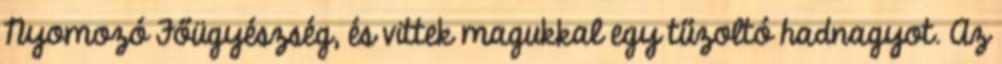
Nyomozó Főügyészség, és vittek magukkal egy tűzoltó hadnagyot. Az